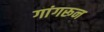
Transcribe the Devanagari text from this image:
गांगरून